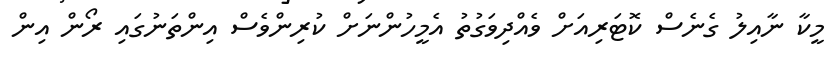
މީކާ ނާއިލު ގެނެސް ކޮޓަރިއަށް ވެއްދިވަގުތު އެމީހުންނަށް ކުރިންވެސް އިންތަނުގައި ރޯން އިން